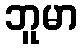
ဘူမာ